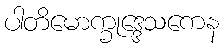
ပါတိမောက္ခုဒ္ဒေသကေန